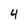
Character: 4